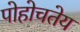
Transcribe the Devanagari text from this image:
पोहोचतेय